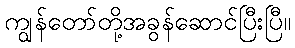
ကျွန်တော်တို့အခွန်ဆောင်ပြီးပြီ။